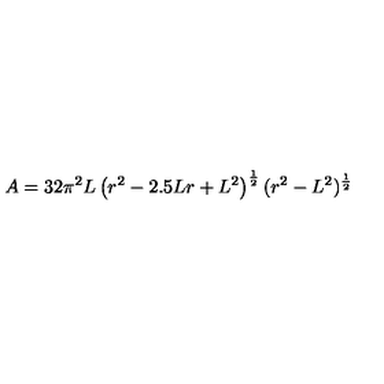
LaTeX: A = 3 2 \pi ^ { 2 } L \left( r ^ { 2 } - 2 . 5 L r + L ^ { 2 } \right) ^ { \frac { 1 } { 2 } } ( r ^ { 2 } - L ^ { 2 } ) ^ { \frac { 1 } { 2 } }